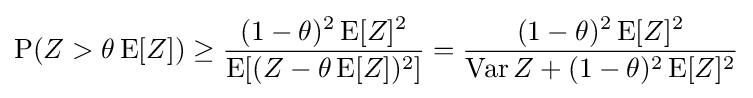
\operatorname {P} (Z>\theta \operatorname {E} [Z])\geq {\frac {(1-\theta )^{2}\operatorname {E} [Z]^{2}}{\operatorname {E} [(Z-\theta \operatorname {E} [Z])^{2}]}}={\frac {(1-\theta )^{2}\operatorname {E} [Z]^{2}}{\operatorname {Var} Z+(1-\theta )^{2}\operatorname {E} [Z]^{2}}}